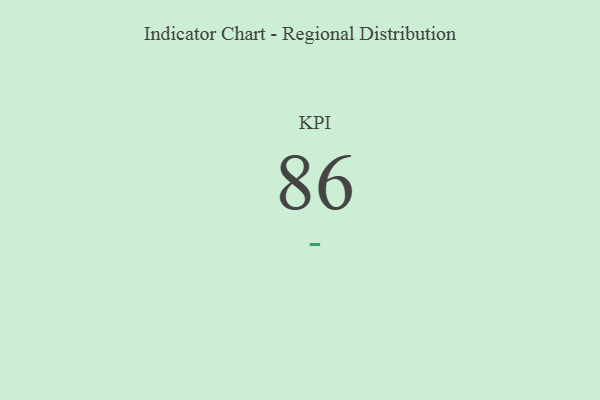
{"axis": {"x": "KPI", "y": "Value"}, "legend": [""], "data": [{"x": "KPI", "y": 86, "type": ""}]}